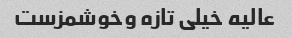
عالیه خیلی تازه وخوشمزست